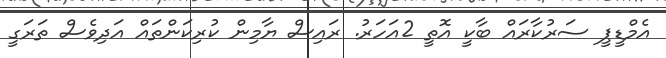
އެމްޑީޕީ ސަރުކާރައް ބާކީ އޮތީ 2އަހަރު. ރައިސް ޔާމިން ކުރިކަންތައް އަދިވެސް ތަރަގީ